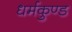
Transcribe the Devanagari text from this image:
धर्मकुण्ड